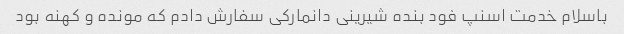
باسلام خدمت اسنپ فود بنده شیرینی دانمارکی سفارش دادم که مونده و کهنه بود